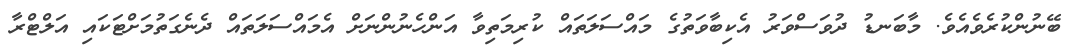
ބޭނުންކުރެވެއެވެ. މާބަނޑު ދުވަސްވަރު އެކިބާވަތުގެ މައްސަލަތައް ކުރިމަތިވާ އަންހެނުންނަށް އެމައްސަލަތައް ދެނެގަތުމަށްޓަކައި އަލްޓްރާ